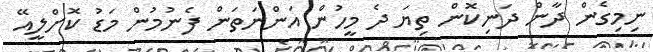
ނިމިގެން ދާން ދަނިކޮން ތިޔަ ދެ މީހުން އަންނަތަން ފެނުމުން މަޑު ކޮށްލީއޭ